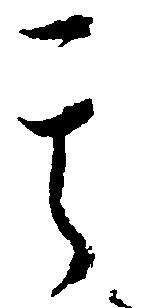
其